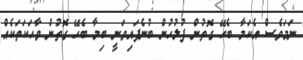
ނަމަވެސް އެކަމާ ބެހޭ ގޮތުން ފުލުހުން ބުނެފައިވަނީ ބިމާ ބެހޭ ގޮތުން ވާހަކަތަކެއް